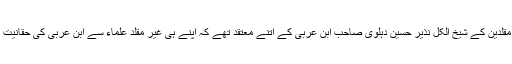
اب دوسری طرف غیر مقلدین کے شیخ الکل نذیر حسین دہلوی صاحب ابن عربی کے اتنے معتقد تھے کہ اپنے ہی غیر مقلد علماء سے ابن عربی کی حقانیت پہ مناظرہ کرتے تھے۔